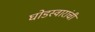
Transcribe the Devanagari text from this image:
घोडस्वारांची